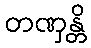
တဏှန္တိ